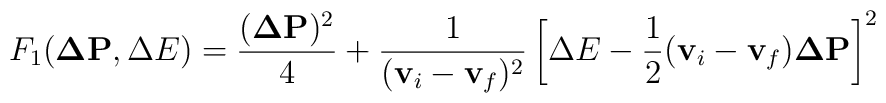
F_1 ({\bf \Delta P}, \Delta E) =       \frac{({\bf \Delta P})^2}{4} +        \frac{1}{({\bf v}_i  - {\bf v}_f)^2}         \left[ \Delta E -           \frac{1}{2} ( {\bf v}_i - {\bf v}_f) {\bf \Delta P}          \right]^2